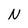
Character: N